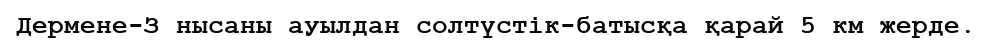
Дермене-З нысаны ауылдан солтүстік-батысқа қарай 5 км жерде.